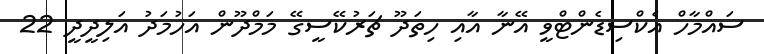
ސައްމާހް އެކްސިޑެންޓްވީ އޭނާ އާއި ހިތަދޫ ޗަރުކޭސީގޭ މަމްދޫން އަހުމަދު އަލިދީދީ 22